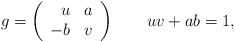
LaTeX: \begin{align*}g=\left( \begin{array}{cc} \ \ u & a \\ -b & v \end{array} \right)\qquad uv+ab=1,\end{align*}